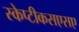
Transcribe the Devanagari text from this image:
स्केप्टीकसएसए